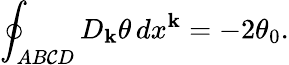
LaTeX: \oint_{AB\mathcal{C}D}D_{\mathbf{k}}\theta\, dx^{\mathbf{k}}=-2\theta_{0}.